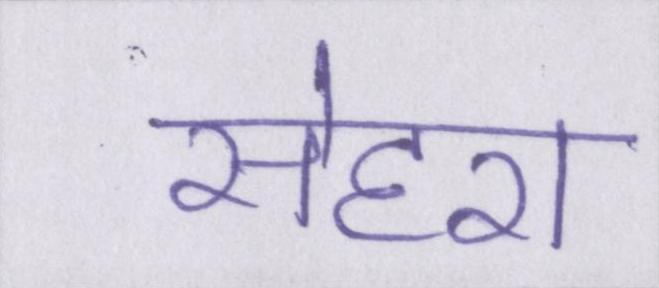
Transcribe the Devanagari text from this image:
सेहरा